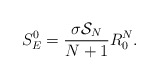
\begin{align*}S_E^{0}={\sigma{\cal S}_N\over N+1}R_{0}^N.\end{align*}